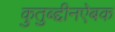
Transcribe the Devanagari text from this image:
कुतुब्द्दीनऐबक